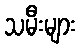
သမီးများ